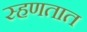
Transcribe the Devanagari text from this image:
स्हणतात